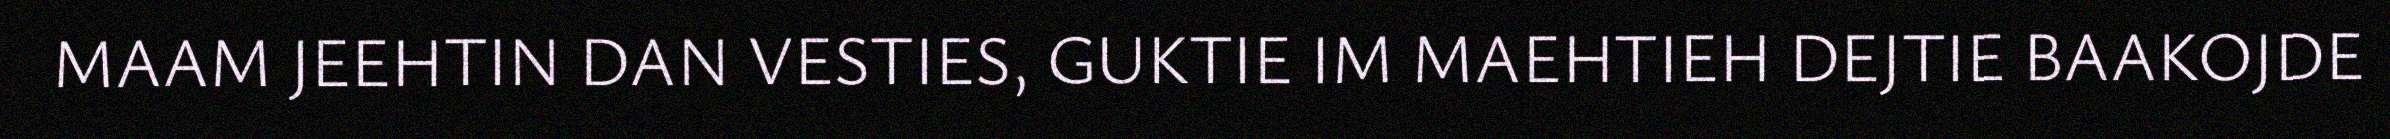
MAAM JEEHTIN DAN VESTIES, GUKTIE IM MAEHTIEH DEJTIE BAAKOJDE